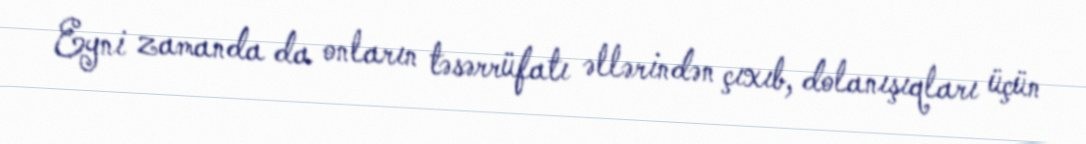
Eyni zamanda da onların təsərrüfatı əllərindən çıxıb, dolanışıqları üçün